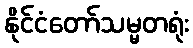
နိုင်ငံတော်သမ္မတရုံး